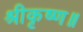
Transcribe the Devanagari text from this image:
श्रीकृष्ण॥